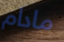
مادام